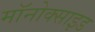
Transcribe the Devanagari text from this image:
मॉनोक्साइड